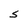
Character: S